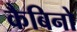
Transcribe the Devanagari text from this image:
कैबिनो